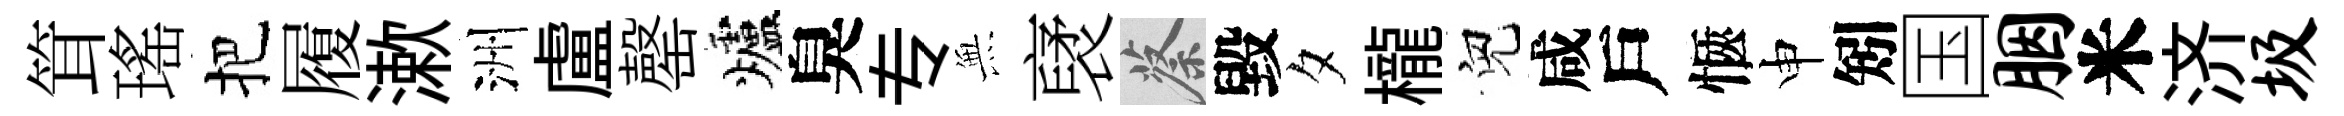
䇯瑤把履漱洲盧罄爐臭专𭴾裦蔡毀夕櫳兒咸戶愜申矧国胭米济圾